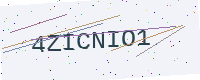
Text: 4ZICNIO1